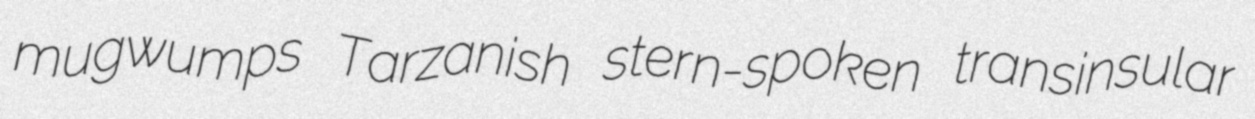
mugwumps Tarzanish stern-spoken transinsular